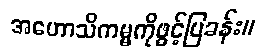
အဟောသိကမ္မကိုဖွင့်ပြခန်း။